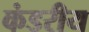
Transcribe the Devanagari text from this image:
कंडरीय